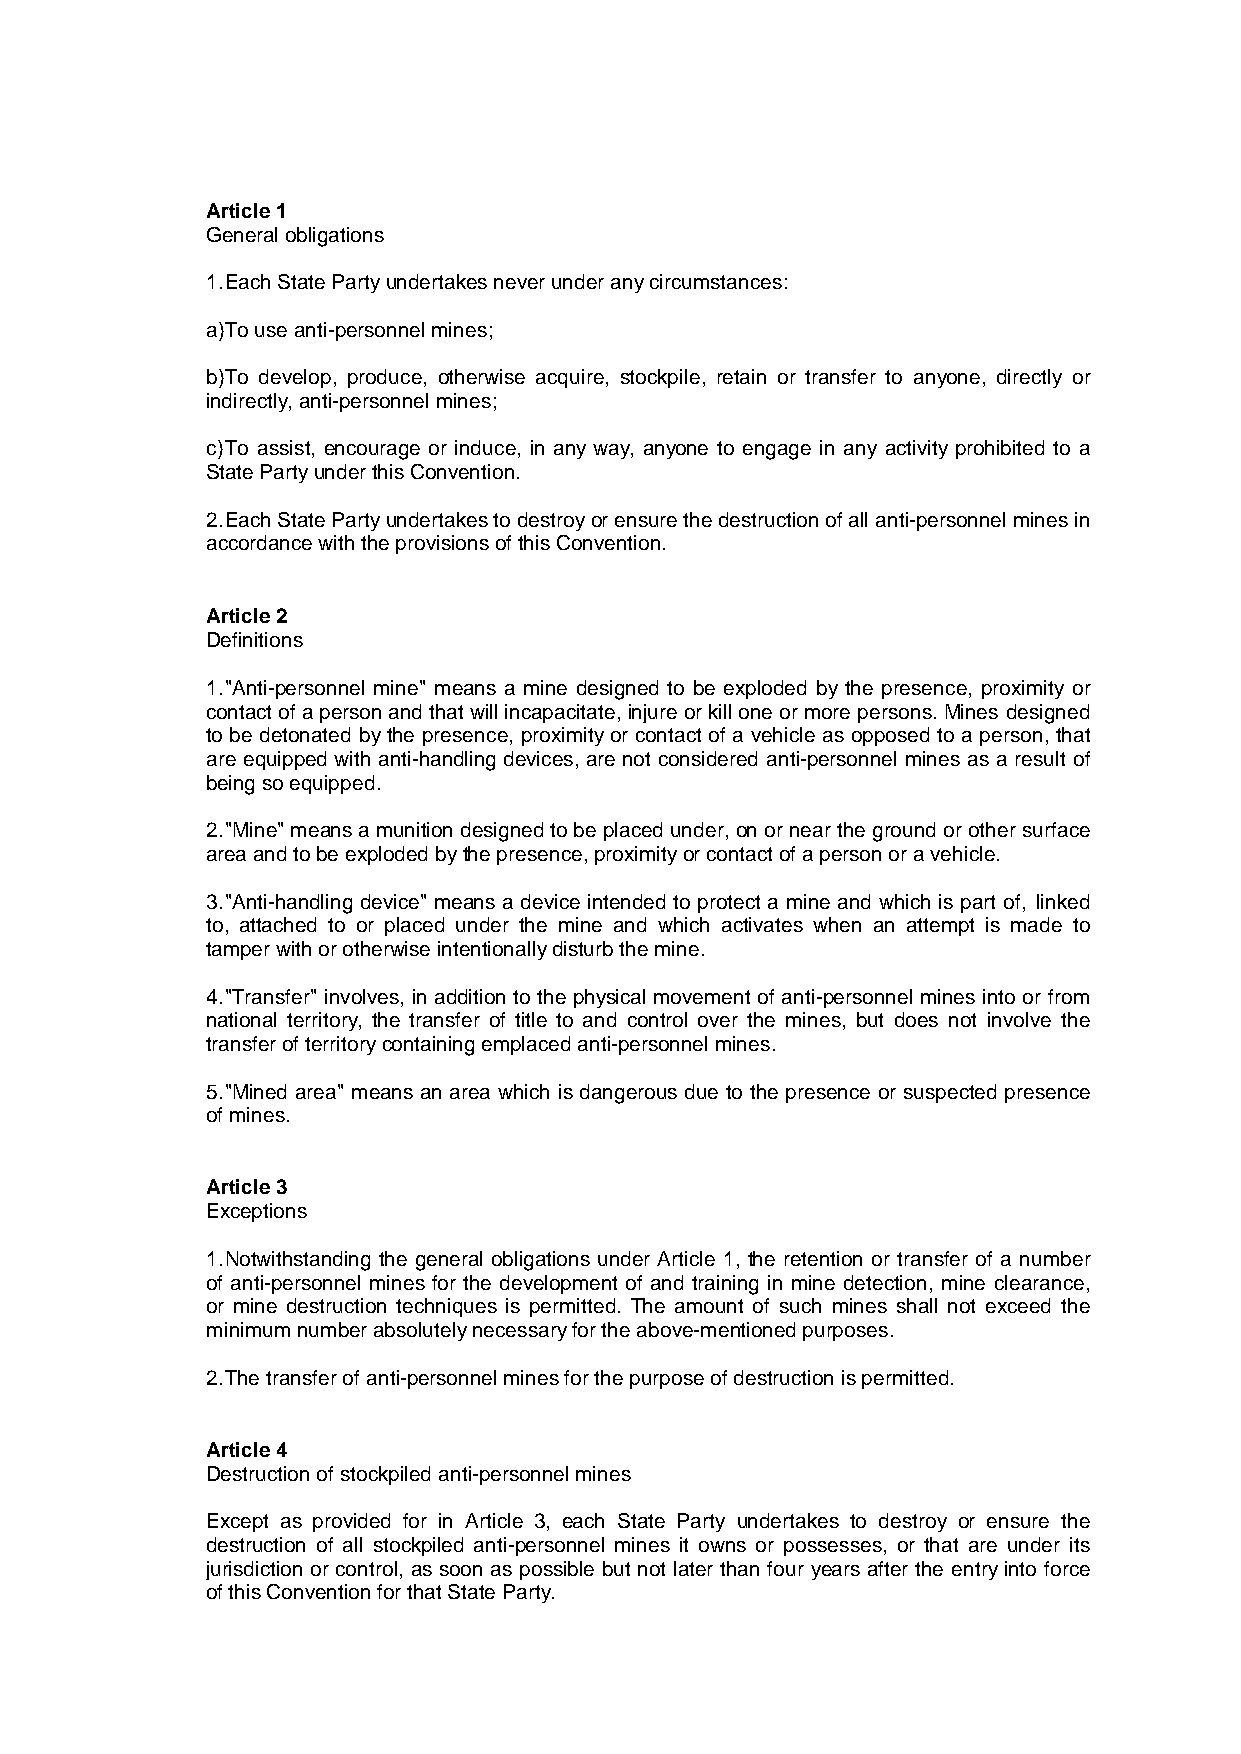
Article1
 General obligations
 1.Each State Partyundertakes never under anycircumstances:
 a)To use anti-personnel mines;
 b)To develop, produce, otherwise acquire, stockpile, retain or transfer to anyone, directly or
 indirectly,anti-personnel mines;
 c)To assist, encourage or induce, in any way, anyone to engage in any activity prohibited to a
 State Partyunder this Convention.
 2.Each State Partyundertakes to destroyor ensure the destruction of all anti-personnel mines in
 accordance with the provisions of this Convention.
 Article2
 Definitions
 1."Anti-personnel mine" means a mine designed to be exploded by the presence, proximity or
 contact of a person and that will incapacitate,injure or kill one or more persons.Mines designed
 to be detonated bythe presence, proximityor contact of a vehicle as opposed to a person, that
 are equipped with anti-handling devices, are not considered anti-personnel mines as a result of
 being so equipped.
 2."Mine"means a munition designed to be placed under,on or near the ground or other surface
 area and to be exploded bythe presence,proximityor contact of a person or a vehicle.
 3."Anti-handling device" means a device intended to protect a mine and which is part of, linked
 to, attached to or placed under the mine and which activates when an attempt is made to
 tamper with or otherwise intentionallydisturb the mine.
 4."Transfer" involves, in addition to the physical movement of anti-personnel mines into or from
 national territory, the transfer of title to and control over the mines, but does not involve the
 transfer of territorycontaining emplaced anti-personnel mines.
 5."Mined area" means an area which is dangerous due to the presence or suspected presence
 of mines.
 Article3
 Exceptions
 1.Notwithstanding the general obligations under Article 1, the retention or transfer of a number
 of anti-personnel mines for the development of and training in mine detection, mine clearance,
 or mine destruction techniques is permitted. The amount of such mines shall not exceed the
 minimumnumber absolutelynecessaryfor the above-mentioned purposes.
 2.The transfer of anti-personnel mines for the purpose of destruction is permitted.
 Article4
 Destruction of stockpiled anti-personnel mines
 Except as provided for in Article 3, each State Party undertakes to destroy or ensure the
 destruction of all stockpiled anti-personnel mines it owns or possesses, or that are under its
 jurisdiction or control, as soon as possible but not later than four years after the entryinto force
 of this Convention for that State Party.